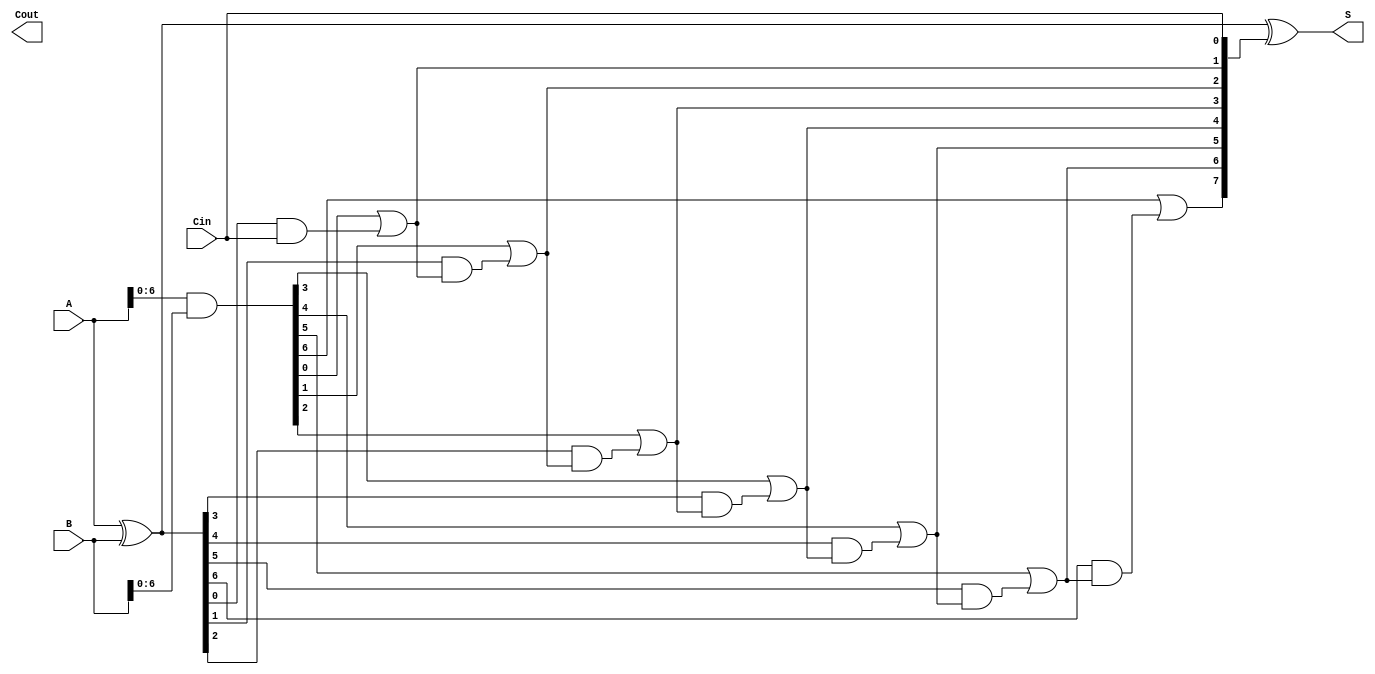
module sklansky_adder #(
    parameter N = 8 // Width of the binary numbers
) (
    input [N-1:0] A,  // First binary number
    input [N-1:0] B,  // Second binary number
    input Cin,        // Carry-in
    output [N-1:0] S, // Sum output
    output Cout       // Carry-out
);

    // Generate and Propagate signals
    wire [N-1:0] G; // Generate signals
    wire [N-1:0] P; // Propagate signals
    wire [N:0] C;   // Carry signals (C[0] to C[N])

    // Generate and Propagate calculations
    assign G = A & B;             // G[i] = A[i] & B[i]
    assign P = A ^ B;             // P[i] = A[i] ^ B[i]

    // Carry signals computation
    assign C[0] = Cin;            // C[0] = Cin
    
    genvar i;
    generate
        for (i = 0; i < N; i = i + 1) begin : carry_calculation
            if (i < N-1) begin
                assign C[i+1] = G[i] | (P[i] & C[i]);
            end
        end
    endgenerate

    // Sum calculation
    assign S = P ^ C[N-1:0]; // S[i] = P[i]  C[i]

    // Final carry-out
    assign Cout = C[N];

endmodule